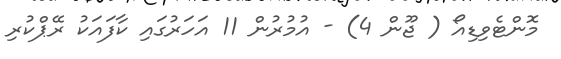
މޮންޓެވިޑިއޯ ( ޖޫން 4) - އުމުރުން 11 އަހަރުގައި ކާފައަކު ރޭޕްކުރި